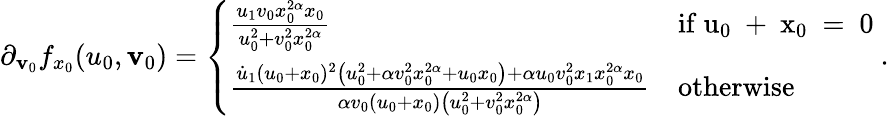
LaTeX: \partial_{\mathbf{v}_{0}}f_{x_{0}}(u_{0},\mathbf{v}_{0})=\left\{ \begin{array}{ll}{\frac{u_{1}v_{0}x_{0}^{2\alpha}x_{0}}{u_{0}^{2}+v_{0}^{2}x_{0}^{2\alpha}}}&{\mathrm{if~u_0~+~x_0~=~0~}}\\ {\frac{\dot{u}_{1}(u_{0}+x_{0})^{2}\left(u_{0}^{2}+\alpha v_{0}^{2}x_{0}^{2\alpha}+u_{0}x_{0}\right)+\alpha u_{0}v_{0}^{2}x_{1}x_{0}^{2\alpha}x_{0}}{\alpha v_{0}(u_{0}+x_{0})\left(u_{0}^{2}+v_{0}^{2}x_{0}^{2\alpha}\right)}}&{\mathrm{otherwise}}\end{array}\right..